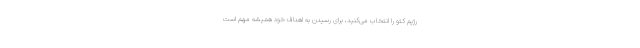
رژیم کتو را انتخاب می‌کنید، برای رسیدن به اهداف خود همیشه مهم است